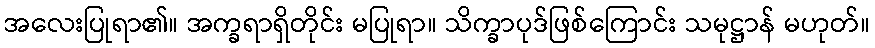
အလေးပြုရာ၏။ အက္ခရာရှိတိုင်း မပြုရာ။ သိက္ခာပုဒ်ဖြစ်ကြောင်း သမုဋ္ဌာန် မဟုတ်။